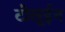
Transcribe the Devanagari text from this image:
टोलूईन